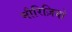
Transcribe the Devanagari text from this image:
मौरिज़ियो